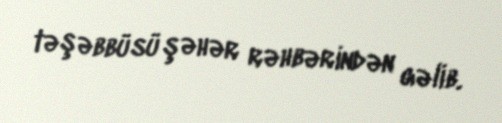
təşəbbüsü şəhər rəhbərindən gəlib.